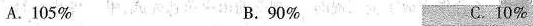
A.105% B.90% C.10%